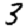
Digit: 3